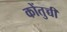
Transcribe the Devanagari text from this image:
कोंतुच्ची